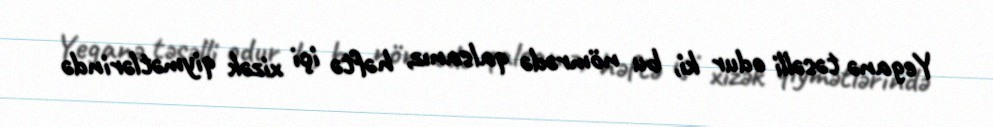
Yeganə təsəlli odur ki, bu nömrədə qalsanız, həftə içi xizək qiymətlərində